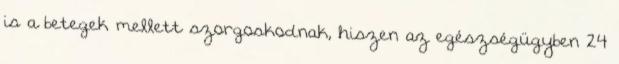
is a betegek mellett szorgoskodnak, hiszen az egészségügyben 24